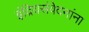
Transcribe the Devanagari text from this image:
इंद्रियसंवेदनांना